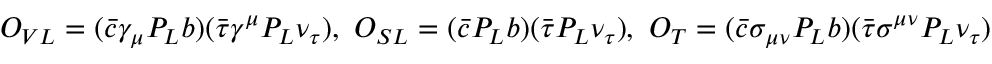
\begin{array} { r } { { \cal O } _ { V L } = ( \bar { c } \gamma _ { \mu } P _ { L } b ) ( \bar { \tau } \gamma ^ { \mu } P _ { L } \nu _ { \tau } ) , ~ { \cal O } _ { S L } = ( \bar { c } P _ { L } b ) ( \bar { \tau } P _ { L } \nu _ { \tau } ) , ~ { \cal O } _ { T } = ( \bar { c } \sigma _ { \mu \nu } P _ { L } b ) ( \bar { \tau } \sigma ^ { \mu \nu } P _ { L } \nu _ { \tau } ) } \end{array}